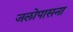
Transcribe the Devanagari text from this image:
जलोपासना